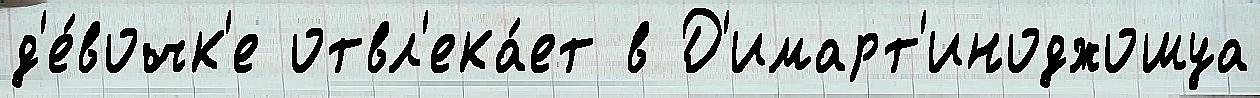
д'е́вочк'е отвл'ека́ет в Д'имарт'иноджошуа